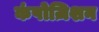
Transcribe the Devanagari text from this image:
कंपोज़िशन